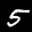
Label: 5